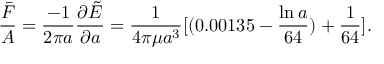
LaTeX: \frac { \bar { F } } { A } = \frac { - 1 } { 2 \pi a } \frac { \partial \tilde { E } } { \partial a } = \frac { 1 } { 4 \pi \mu a ^ { 3 } } [ ( 0 . 0 0 1 3 5 - \frac { \ln a } { 6 4 } ) + \frac { 1 } { 6 4 } ] .